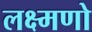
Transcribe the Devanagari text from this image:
लक्ष्मणो